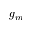
g _ { m }